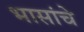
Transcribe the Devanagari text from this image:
भासांचे